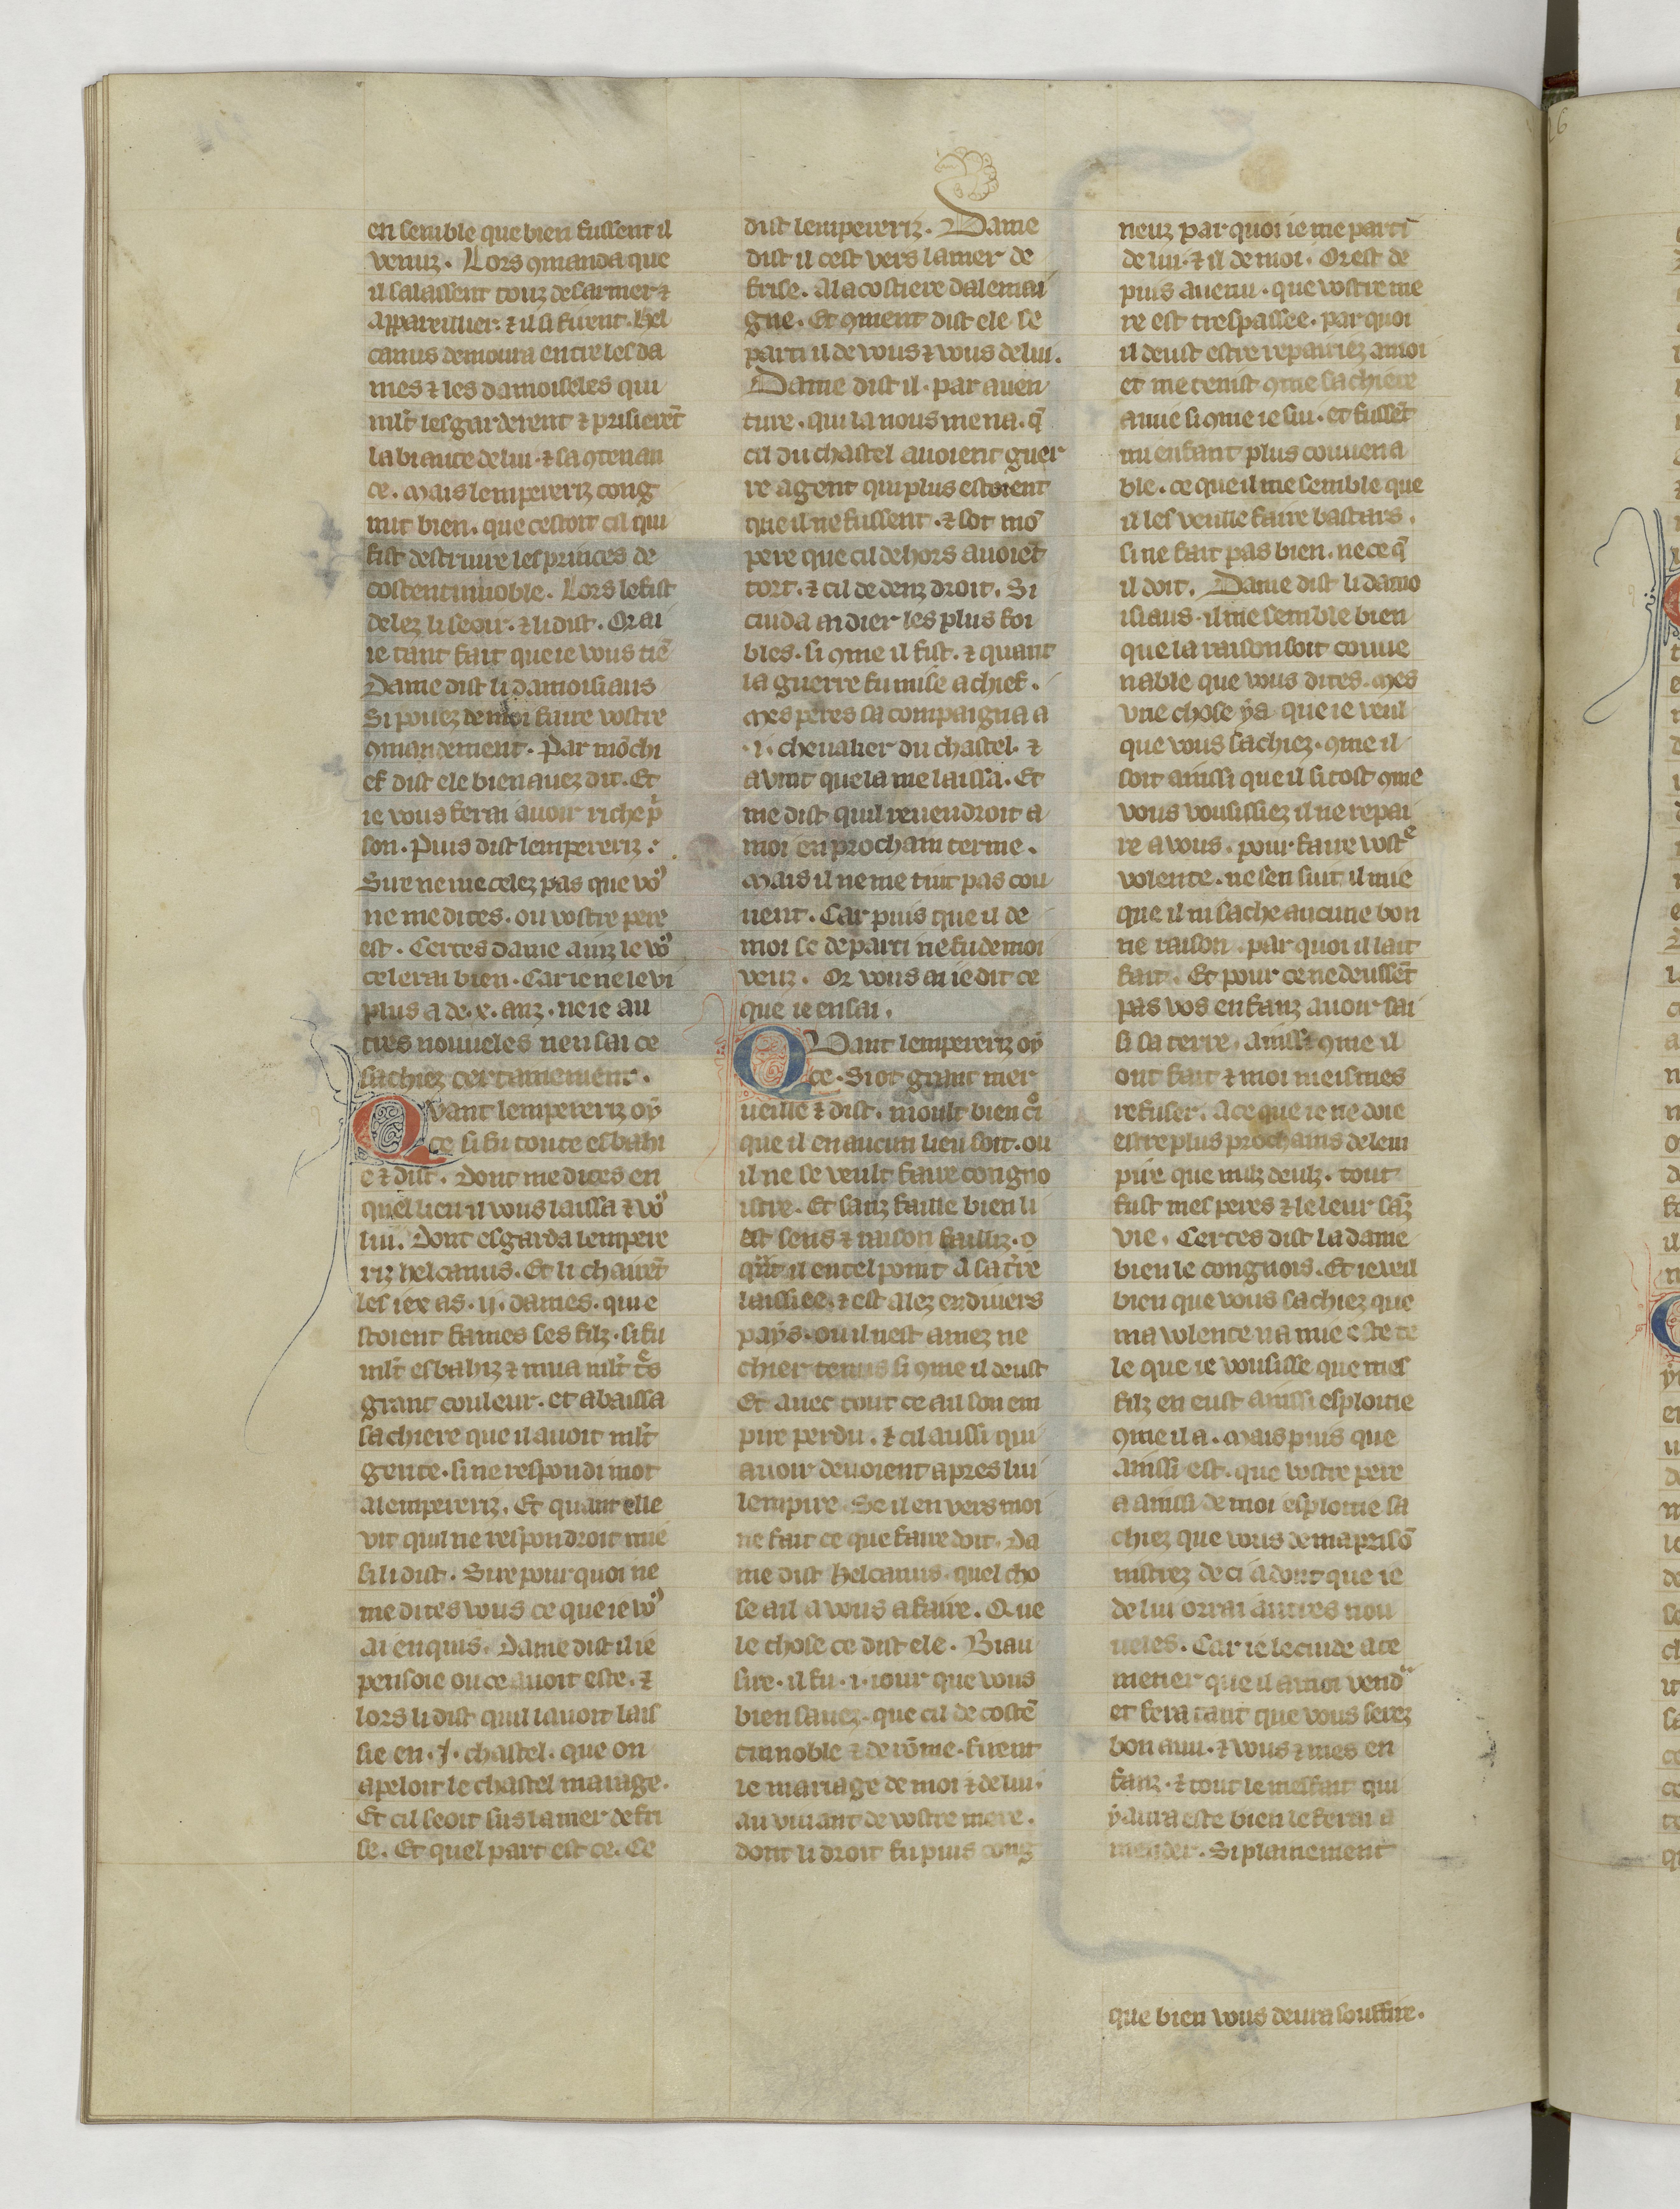
Shelfmark: Paris, BnF, fr. 22549
Century: 14